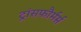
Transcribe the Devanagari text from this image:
ट्रांसफौर्मर्स